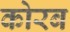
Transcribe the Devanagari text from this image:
कोरब